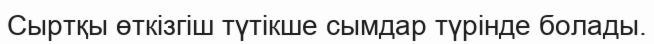
Сыртқы өткізгіш түтікше сымдар түрінде болады.